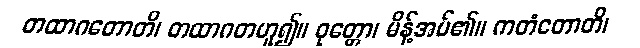
တထာဂတောတိ၊ တထာဂတဟူ၍။ ဝုတ္တော၊ မိန့်အပ်၏။ ကတံတောတိ၊